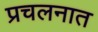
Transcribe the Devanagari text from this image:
प्रचलनात